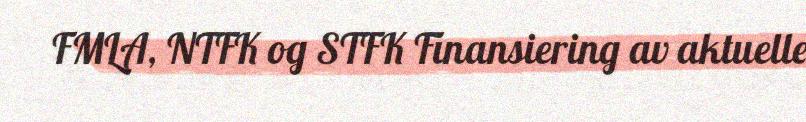
FMLA, NTFK og STFK Finansiering av aktuelle